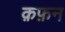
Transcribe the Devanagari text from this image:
क़फ़न